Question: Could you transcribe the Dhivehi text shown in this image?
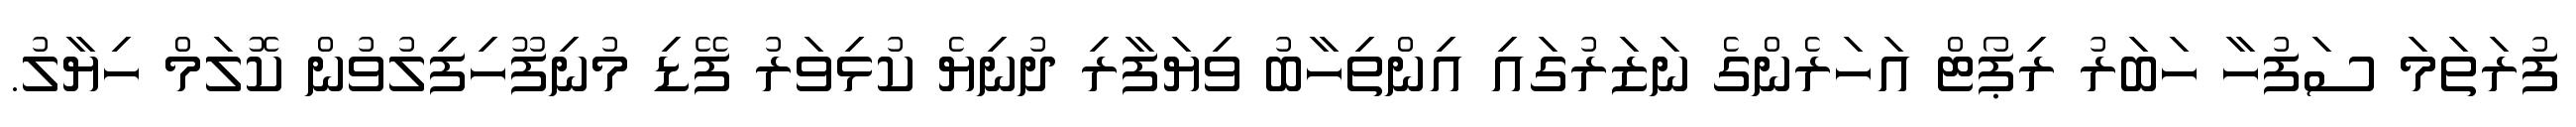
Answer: ފުރަތަމަ ސަފުހާ ހަބަރު ރިޕޯޓް އަހަރެންގެ ނަޒަރުގައި އިންތިހާބު ވިޔަފާރި ދުނިޔެ ކުޅިވަރު ފޭޑި މުނިފޫހިފިލުވުން ކޮލަމް ހިޔާލު.